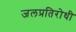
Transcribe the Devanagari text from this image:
जलप्रतिरोधी